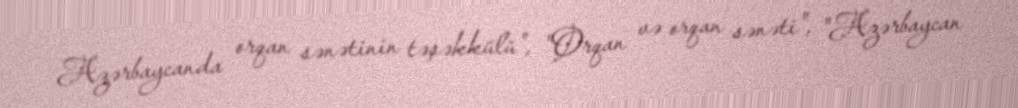
Azərbaycanda orqan sənətinin təşəkkülü", "Orqan və orqan sənəti", "Azərbaycan